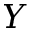
Y